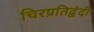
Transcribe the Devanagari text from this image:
चिरप्रतिद्वंदी